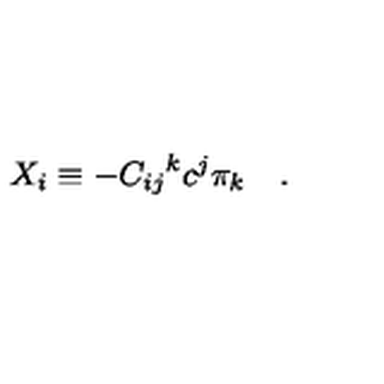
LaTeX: X _ { i } \equiv - { C _ { i j } } ^ { k } c ^ { j } \pi _ { k } \quad .